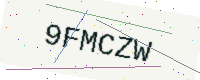
Text: 9FMCZW